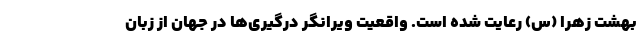
بهشت زهرا (س) رعایت شده است. واقعیت ویرانگر درگیری‌ها در جهان از زبان